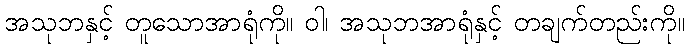
အသုဘနှင့် တူသောအာရုံကို။ ဝါ၊ အသုဘအာရုံနှင့် တချက်တည်းကို။